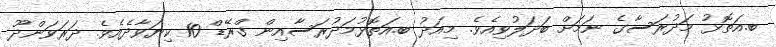
ބ.އަތޮޅު މަދުރަސާގެ ނަމަށް ބަދަލުވިއެވެ. މިއަދު ބ.އަތޮޅުމަދުރަސާއިން ގްރޭޑް 10 ކިޔަވާދެއެވެ. ދަރަވަންދޫ